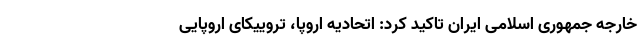
خارجه جمهوری اسلامی ایران تاکید کرد: اتحادیه اروپا، تروییکای اروپایی